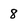
Character: 8